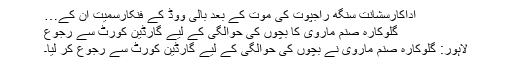
اداکارسشانت سنگھ راجپوت کی موت کے بعد بالی ووڈ کے فنکارسمیت ان کے…
گلوکارہ صنم ماروی کا بچوں کی حوالگی کے لیے گارڈین کورٹ سے رجوع
لاہور: گلوکارہ صنم ماروی نے بچوں کی حوالگی کے لیے گارڈین کورٹ سے رجوع کر لیا۔